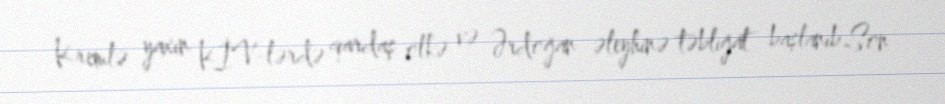
Kremlə yaxın KİV-lərdə qardaş ölkə və Ərdoğan əleyhinə təbliğat başlanıb Son